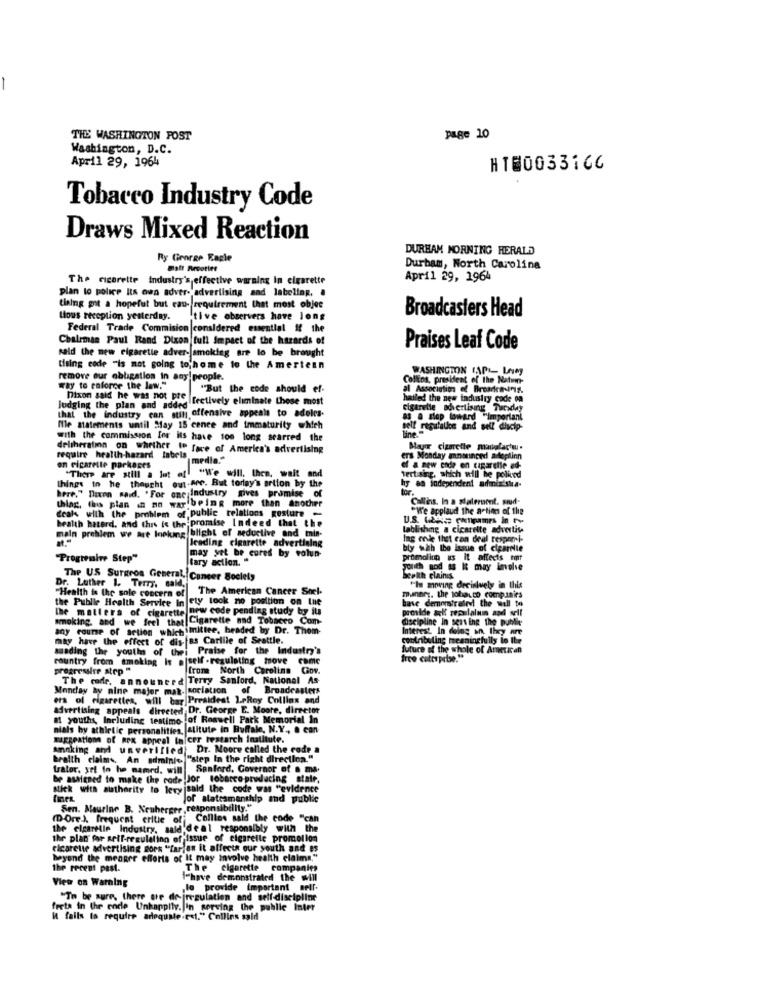
-
THE WASHINGTON POST
page 10
Washington, D.C.
April 29, 1964
HT80033166
Tobacco Industry Code
Draws Mixed Reaction
DURHAM MORNING HERALD
Ry George Eagle
Durham, North Carolina
The cigarette industry's effective warning In cigarette
April 29, 1964
plan to police Its own adver- advertising and labeling. .
tiaing got a hopeful but cau requirement that most objee
Broadcasters Head
Lous reception yesterday.
tive observers have long
Federal Trade Commision considered essential if the
Chalrmas Paul Rand Dixon tull Impact of the hazards of
said the new cigarette adver- smoking are lo be brought
Praises Leaf Code
tising code "is not going to home to the Amertenn
WASHINGTON (APL LAMy
obligation in any people.
Collios, president of the Nation-
Way to enforce the law."
"But the code should ef-
al Association of Broaraving.
Dixon said he was not pre
Heltectively eliminate those most
hailed the new industry code on
judging the plan and added"
that the industry can sun offensive appeals to adoles-
cigarette advertising Tuesday
a3 a slap toward "important
mportant
Ile statements until May 15 cenee and immaturity which
self regulalice and self discip-
with the commission for its have too long scarred the
deliberation on whether to face of America's advertising
Mayor cigarette manufactu.
require health-hazard labels
medla."
ers Monday mnotinged ailepilinn
an cigarette parkases
"There are still a lot of "We will, then, wait and
ef a new ende en cigarette ed-
Tertising, which will be polied
hy an independent administra.
here." Daxon said. "For one industry gives promise of
things in he thought out"
out.Are. But torlay's artion by the
tor.
thing, the plan in no way being more than another
Coffins. In a salernont. prud-
deals with the problem of public relations gesture
"We applaud the action of the
health haterd. and this is the promise Indeed that the
U.S. Glass cwframes in
main problem we are looking blight of seductive and mis-
lablishing a cigarette advertise
leading cigarette advertising
Ing ende that can deal respark
bly with the issue of ciparte
"Progressive Step"
tary action. "
may yet be cures by volun-
promolion us it affects er
youth god &s & may inthe
The US Surgeon General, Cancer Society
Bewith clains
Dr. Luther 1. Terry. said,
The American Cancer Shel-
"Is moving decisively in this
the Public Health Service In
"Health is the sole concern of
ety took no position on tue
have demonstrated the wall to
manner. the tobacco companies
the matters of cigarette
new code pending study by its
provide ackt repslalun and self
smoking, and we frel that Cigarette and Tobacco Com-
discipline In sens ing the publie
any course of setion which mittee, headed by Dr. Thom-
Interest In doing an, they are
may have the effect of dis- Bs Carlile of Seattle.
contributing meaningfully to IL
suading the youthes of thei Praise for the Industry's
future of the whole of American
country from smoking is a|self -regulating move come
free cotteprise."
progressive step "
from North Carolina Gov.
The code. announced Terry Sanford, National As
Monday ay nine major mat. sociation
Broadcasters
era of cigarettes, will bar Presidest LeRoy Collins and
advertising appeals directed
Dr. George E. Moore, director
at youths, Including testimo of Roswell Park Memorial In
nials by athletic personalities, stitute in Buffalo, N.Y ., & can
suggestion of Rex appeal to cer testarch institute.
Amaking and unverified) Dr. Moore called the code a
health claims, An adminis "step In the right direction."
trator, yet in he mamed. will
Sanford, Governor of a ma.
be assigned to make the code Jor tobacco-producing state,
stick with authority to leryjsald the code was "evidence
Jof statesmanthip and public
Sen. Maurine B. Neuberger , responsibility."
(D-Ore). frequent critic of Colllos said the code "can
the elcarelle Industry, said deal responsibly with the
the plans for acil-regulation of issue of cigarelle promotion
ticarette advertising sors "farias it affects our south and es
beyond the meager efforts of It may involve health claims,"
the recent past.
The
cigarette companies
View os Warning
Ihave demonstrated the will
lo provide important
"To be sure, there are de-jregulation and self-discipline
ferta in the code Unhappily. in serving the public Inter
It fails to require adequate .r.l." Collins said